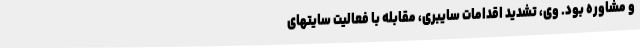
و مشاوره بود. وی، تشدید اقدامات سایبری، مقابله با فعالیت سایتهای